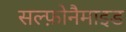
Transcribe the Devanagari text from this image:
सल्फ़ोनैमाइड